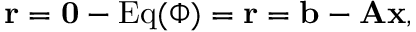
\mathbf { r } = \mathbf { 0 } - \operatorname { E q } ( \boldsymbol { \Phi } ) = \mathbf { r } = \mathbf { b } - \mathbf { A } \mathbf { x } ,